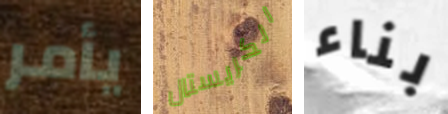
يأمر الكريستال بناء